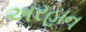
અરહાન